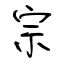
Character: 宗